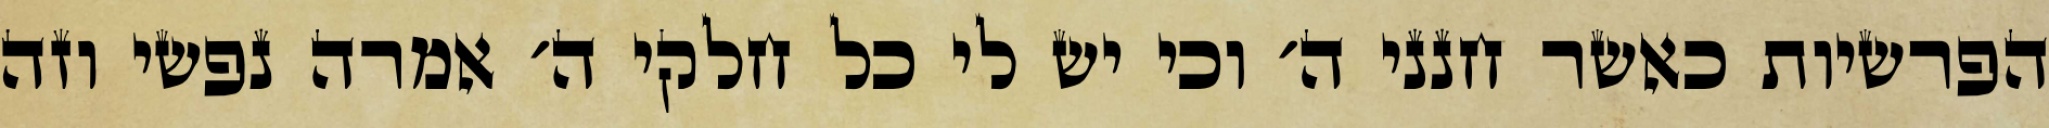
הפרשיות כאשר חנני ה׳ וכי יש לי כל חלקי ה׳ אמרה נפשי וזה